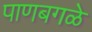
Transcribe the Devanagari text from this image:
पाणबगळे